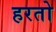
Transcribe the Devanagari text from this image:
हरतो